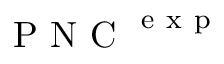
\mathrm { ~ P ~ N ~ C ~ } ^ { \mathrm { ~ e ~ x ~ p ~ } }